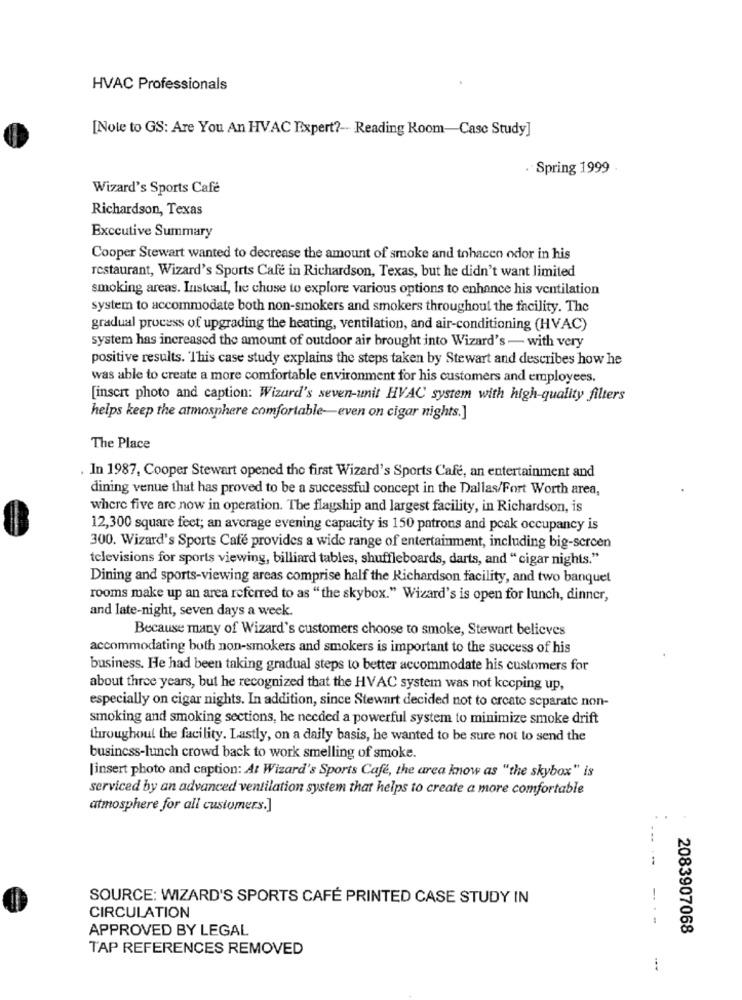
HVAC Professionals
[Note to GS: Are You An HVAC Expert ?- Reading Room-Case Study]
. Spring 1999
Wizard's Sports Cafe
Richardson, Texas
Executive Summary
Cooper Stewart wanted to decrease the amount of smoke and tohacen odor in his
restaurant, Wizard's Sports Cafe in Richardson, Texas, but he didn't want limited
smoking areas. Instead, he chose to explore various options to enhance his ventilation
system to accommodate both non-smokers and smokers throughout the facility. The
gradual process of upgrading the heating, ventilation, and air-conditioning (HVAC)
system has increased the amount of outdoor air brought into Wizard's - with very
positive results. This case study explains the steps taken by Stewart and describes how he
was able to create a more comfortable environment for his customers and employees.
[insert photo and caption: Wizard's seven-unit HVAC system with high-quality filters
helps keep the atmosphere comfortable-even on cigar nights.]
The Place
In 1987, Cooper Stewart opened the first Wizard's Sports Cafe, an entertainment and
dining venue that has proved to be a successful concept in the Dallas/Fort Worth area,
where five are now in operation. The flagship and largest facility, in Richardson, is
12,300 square feet; an average evening capacity is 150 patrons and pcak occupancy is
300. Wizard's Sports Café provides a wide range of entertainment, including big-screen
televisions for sports viewing, billiard tables, shuffleboards, darts, and "cigar nights."
Dining and sports-viewing areas comprise half the Richardson facility, and two banquet
rooms make up an area referred to as "the skybox." Wizard's is open for lunch, dinner,
and late-night, seven days a week.
Because many of Wizard's customers choose to smoke, Stewart believes
accommodating both non-smokers and smokers is important to the success of his
business. He had been taking gradual steps to better accommodate his customers for
about three years, but he recognized that the HVAC system was not kccping up,
especially on cigar nights. In addition, since Stewart decided not to create separate non-
smoking and smoking sections, he needed a powerful system to minimize smoke drift
throughout the facility. Lastly, on a daily basis, he wanted to be sure not to send the
business-lunch crowd back to work smelling of smoke.
[insert photo and caption: At Wizard's Sports Cafe, the area know as "the skybox" is
serviced by an advanced ventilation system that helps to create a more comfortable
atmosphere for all customers.]
---
SOURCE: WIZARD'S SPORTS CAFÉ PRINTED CASE STUDY IN
CIRCULATION
APPROVED BY LEGAL
2083907068
TAP REFERENCES REMOVED